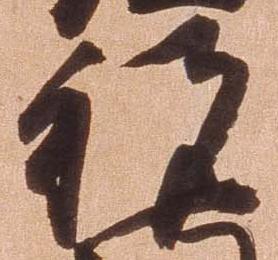
祝